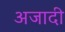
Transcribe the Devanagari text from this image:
अजादी